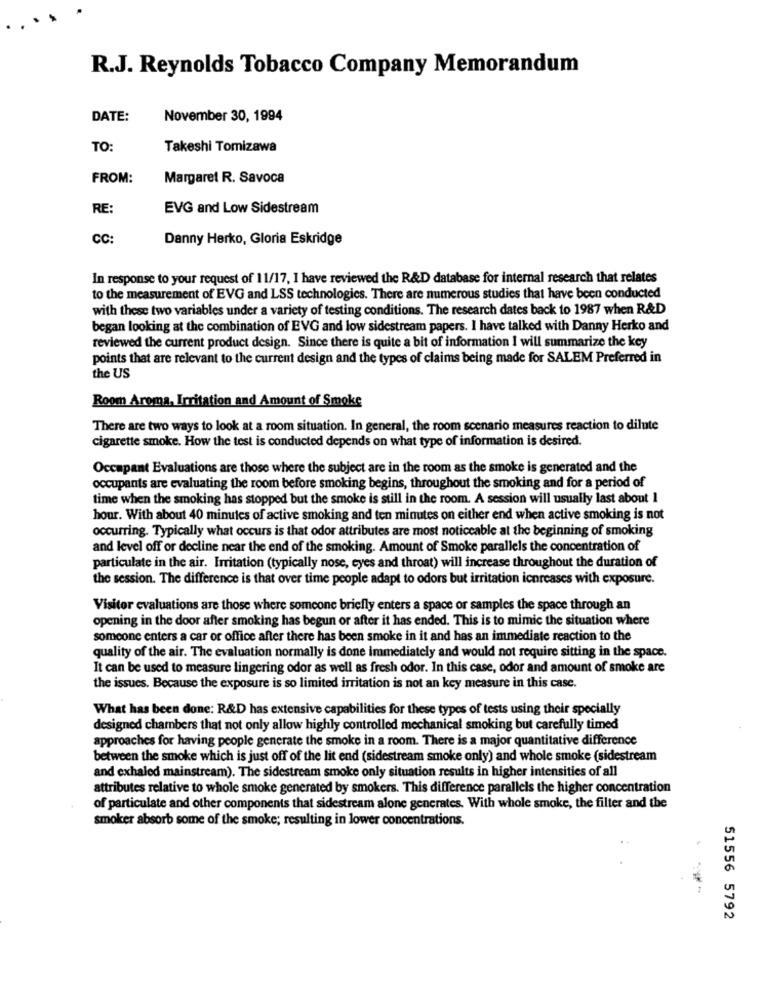
R.J. Reynolds Tobacco Company Memorandum
DATE:
November 30, 1994
TO:
Takeshi Tomizawa
FROM:
Margaret R. Savoca
RE:
EVG and Low Sidestream
CC:
Danny Herko, Gloria Eskridge
In response to your request of 11/17, I have reviewed the R&D database for internal research that relates
to the measurement of EVG and LSS technologies. There are numerous studies that have been conducted
with these two variables under a variety of testing conditions. The research dates back to 1987 when R&D
began looking at the combination of EVG and low sidestream papers. I have talked with Danny Herko and
reviewed the current product design. Since there is quite a bit of information I will summarize the key
points that are relevant to the current design and the types of claims being made for SALEM Preferred in
the US
Room Aroma, Irritation and Amount of Smoke
There are two ways to look at a room situation. In general, the room scenario measures reaction to dilute
cigarette smoke. How the test is conducted depends on what type of information is desired.
Occupant Evaluations are those where the subject are in the room as the smoke is generated and the
occupants are evaluating the room before smoking begins, throughout the smoking and for a period of
time when the smoking has stopped but the smoke is still in the room. A session will usually last about I
hour. With about 40 minutes of active smoking and ten minutes on either end when active smoking is not
occurring. Typically what occurs is that odor attributes are most noticeable at the beginning of smoking
and level off or decline near the end of the smoking. Amount of Smoke parallels the concentration of
particulate in the air. Irritation (typically nose, eyes and throat) will increase throughout the duration of
the session. The difference is that over time people adapt to odors but irritation icnreases with exposure.
Visitor evaluations are those where someone briefly enters a space or samples the space through an
opening in the door after smoking has begun or after it has ended. This is to mimic the situation where
someone enters a car or office after there has been smoke in it and has an immediate reaction to the
quality of the air. The evaluation normally is done immediately and would not require sitting in the space.
It can be used to measure lingering odor as well as fresh odor. In this case, odor and amount of smoke are
the issues. Because the exposure is so limited irritation is not an key measure in this case.
What has been done: R&D has extensive capabilities for these types of tests using their specially
designed chambers that not only allow highly controlled mechanical smoking but carefully timed
approaches for having people generate the smoke in a room. There is a major quantitative difference
between the smoke which is just off of the lit end (sidestream smoke only) and whole smoke (sidestream
and exhaled mainstream). The sidestream smoke only situation results in higher intensities of all
attributes relative to whole smoke generated by smokers. This difference parallels the higher concentration
of particulate and other components that sidestream alone generates. With whole smoke, the filter and the
smoker absorb some of the smoke; resulting in lower concentrations.
51556 5792